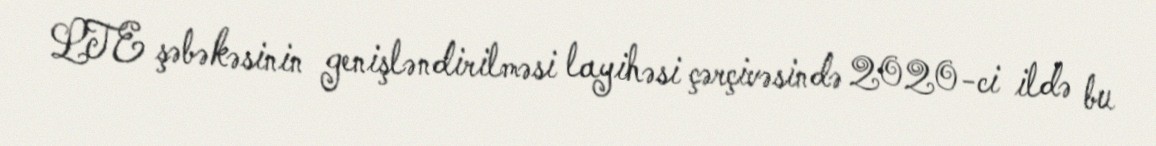
LTE şəbəkəsinin genişləndirilməsi layihəsi çərçivəsində 2020-ci ildə bu